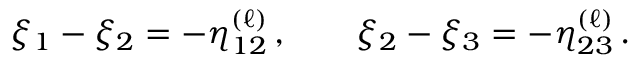
\xi _ { 1 } - \xi _ { 2 } = - \eta _ { 1 2 } ^ { ( \ell ) } \, , \qquad \xi _ { 2 } - \xi _ { 3 } = - \eta _ { 2 3 } ^ { ( \ell ) } \, .